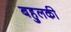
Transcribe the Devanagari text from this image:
बहुलकी